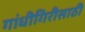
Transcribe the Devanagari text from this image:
गांधीगिरीसाठी